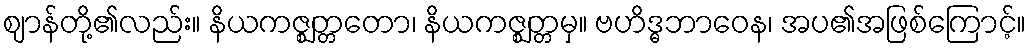
ဈာန်တို့၏လည်း။ နိယကဇ္ဈတ္တတော၊ နိယကဇ္ဈတ္တမှ။ ဗဟိဒ္ဓဘာဝေန၊ အပ၏အဖြစ်ကြောင့်။